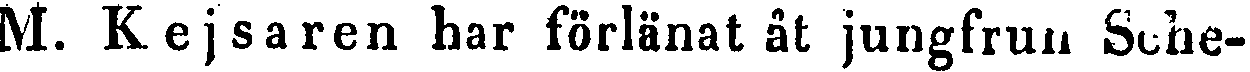
M. Kejsaren har förlänat åt jungfrun Sehe-